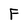
Character: F